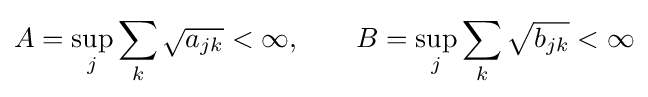
A=\sup _{j}\sum _{k}{\sqrt {a_{jk}}}<\infty ,\qquad B=\sup _{j}\sum _{k}{\sqrt {b_{jk}}}<\infty